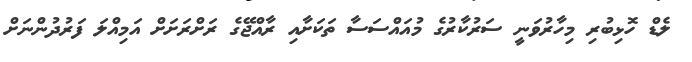
ލެޑް ހޮޅިބުރި މިހާރުވަނީ ސަރުކާރުގެ މުއައްސަސާ ތަކަށާއި ރާއްޖޭގެ ރަށްރަށަށް އަމިއްލަ ފަރުދުންނަށް